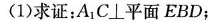
(1)求证：A_{1}C\bot平面EBD；